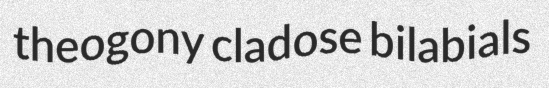
theogony cladose bilabials